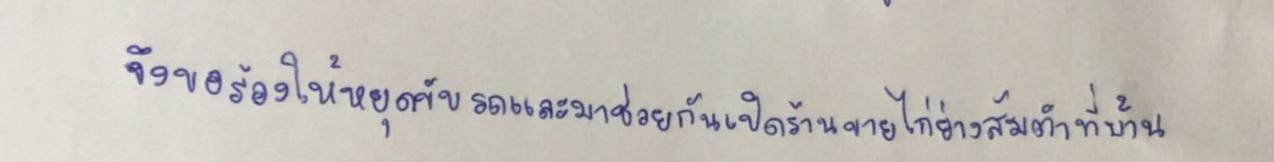
จึงขอร้องให้หยุดขับรถและมาช่วยกันเปิดร้านขายไก่ย่างส้มตำที่บ้าน